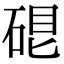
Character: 𥓀